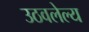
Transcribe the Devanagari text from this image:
उठवलेल्य